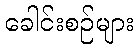
ခေါင်းစဉ်များ